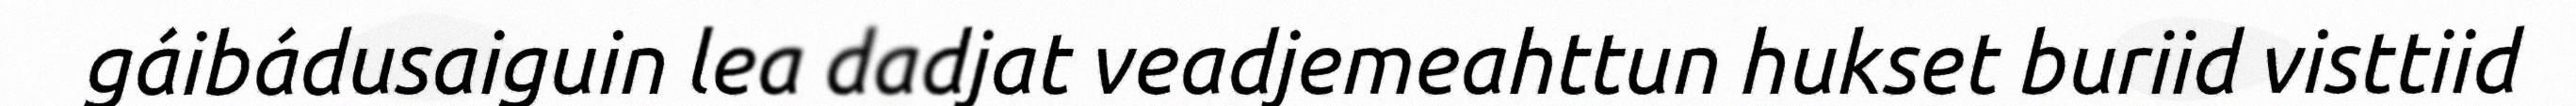
gáibádusaiguin lea dadjat veadjemeahttun hukset buriid visttiid